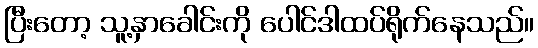
ပြီးတော့ သူ့နှာခေါင်းကို ပေါင်ဒါထပ်ရိုက်နေသည်။